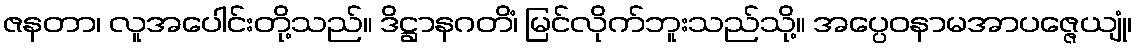
ဇနတာ၊ လူအပေါင်းတို့သည်။ ဒိဋ္ဌာနဂတိံ၊ မြင်လိုက်ဘူးသည်သို့။ အပ္ပေဝနာမအာပဇ္ဇေယျုံ၊